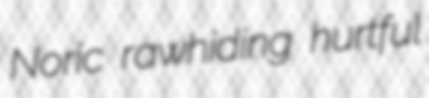
Noric rawhiding hurtful